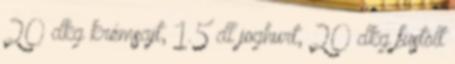
20 dkg krémsajt, 1.5 dl joghurt, 20 dkg füstölt